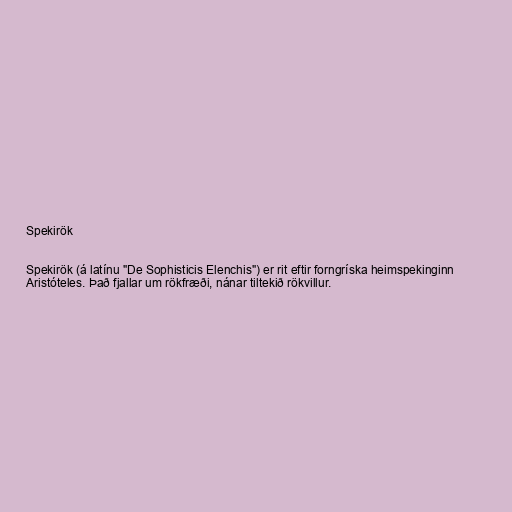
Spekirök

Spekirök (á latínu "De Sophisticis Elenchis") er rit eftir forngríska heimspekinginn
Aristóteles. Það fjallar um rökfræði, nánar tiltekið rökvillur.